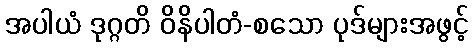
အပါယံ ဒုဂ္ဂတိ ဝိနိပါတံ-စသော ပုဒ်များအဖွင့်